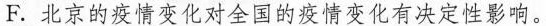
F.北京的疫情变化对全国的疫情变化有决定性影响。